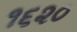
૧૬૨૦